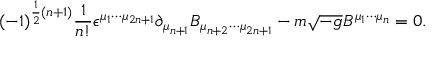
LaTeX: ( - 1 ) ^ { \frac 1 2 ( n + 1 ) } { \frac { 1 } { n ! } } \epsilon ^ { \mu _ { 1 } \cdots \mu _ { 2 n + 1 } } \partial _ { \mu _ { n + 1 } } B _ { \mu _ { n + 2 } \cdots \mu _ { 2 n + 1 } } - m \sqrt { - g } B ^ { \mu _ { 1 } \cdots \mu _ { n } } = 0 .